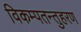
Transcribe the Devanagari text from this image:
विकम्पतन्तुहरण